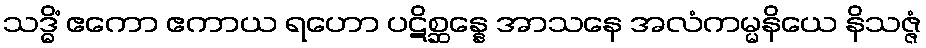
သဒ္ဓိံ ဧကော ဧကာယ ရဟော ပဋိစ္ဆန္နေ အာသနေ အလံကမ္မနိယေ နိသဇ္ဇံ